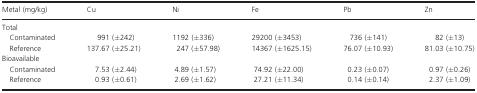
<table><thead><tr><td><b>Metal (mg/kg)</b></td><td><b>Cu</b></td><td><b>Ni</b></td><td><b>Fe</b></td><td><b>Pb</b></td><td><b>Zn</b></td></tr></thead><tbody><tr><td colspan="6">Total</td></tr><tr><td> Contaminated</td><td>991 (±242)</td><td>1192 (±336)</td><td>29200 (±3453)</td><td>736 (±141)</td><td>82 (±13)</td></tr><tr><td> Reference</td><td>137.67 (±25.21)</td><td>247 (±57.98)</td><td>14367 (±1625.15)</td><td>76.07 (±10.93)</td><td>81.03 (±10.75)</td></tr><tr><td colspan="6">Bioavailable</td></tr><tr><td> Contaminated</td><td>7.53 (±2.44)</td><td>4.89 (±1.57)</td><td>74.92 (±22.00)</td><td>0.23 (±0.07)</td><td>0.97 (±0.26)</td></tr><tr><td> Reference</td><td>0.93 (±0.61)</td><td>2.69 (±1.62)</td><td>27.21 (±11.34)</td><td>0.14 (±0.14)</td><td>2.37 (±1.09)</td></tr></tbody></table>